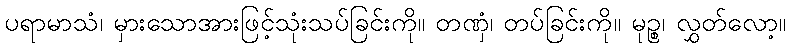
ပရာမာသံ၊ မှားသောအားဖြင့်သုံးသပ်ခြင်းကို။ တဏှံ၊ တပ်ခြင်းကို။ မုဉ္စ၊ လွှတ်လော့။